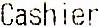
CASHIER